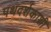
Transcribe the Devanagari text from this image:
पथदर्शकाशी